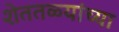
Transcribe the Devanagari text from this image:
शेततळ्यांच्या